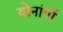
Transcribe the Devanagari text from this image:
योनांगों